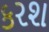
કરશ